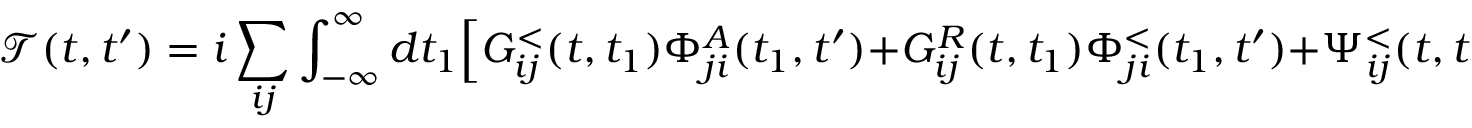
\mathcal { T } ( t , t ^ { \prime } ) = i \sum _ { i j } \int _ { - \infty } ^ { \infty } d t _ { 1 } \Big [ G _ { i j } ^ { < } ( t , t _ { 1 } ) \Phi _ { j i } ^ { A } ( t _ { 1 } , t ^ { \prime } ) + G _ { i j } ^ { R } ( t , t _ { 1 } ) \Phi _ { j i } ^ { < } ( t _ { 1 } , t ^ { \prime } ) + \Psi _ { i j } ^ { < } ( t , t _ { 1 } ) G _ { j i } ^ { A } ( t _ { 1 } , t ^ { \prime } ) + \Psi _ { i j } ^ { R } ( t , t _ { 1 } ) G _ { j i } ^ { < } ( t _ { 1 } , t ^ { \prime } ) \Big ] .